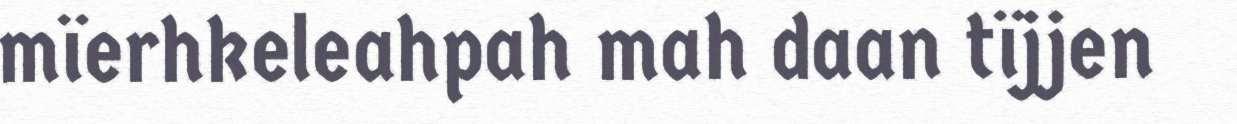
mïerhkeleahpah mah daan tïjjen